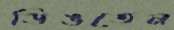
ডিঙতেন